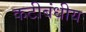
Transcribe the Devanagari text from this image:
कटीबंधीय